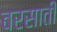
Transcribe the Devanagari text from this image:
बरसातीं